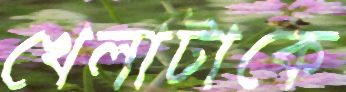
খেলাটাকে